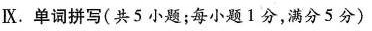
Ⅸ.单词拼写(共5 小题;每小题1分,满分5分)